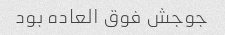
جوجش فوق العاده بود